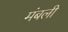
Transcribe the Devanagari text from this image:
मंबली